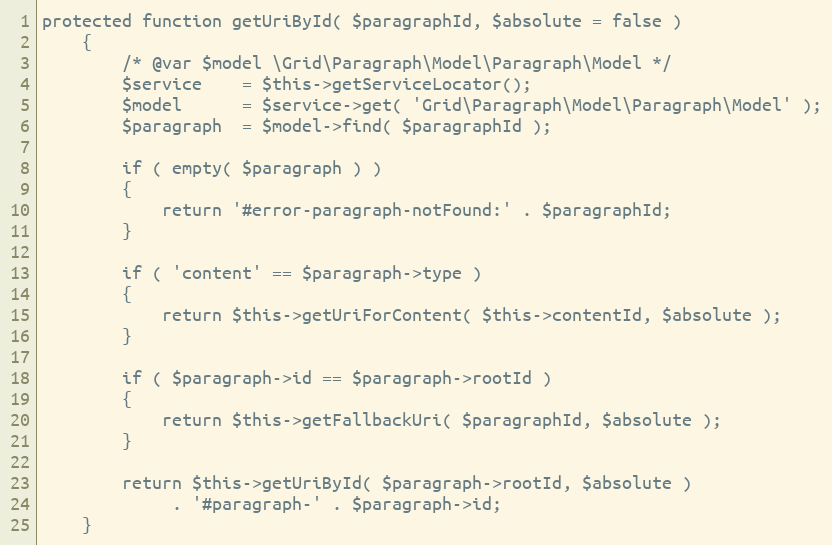
Language: PHP
protected function getUriById( $paragraphId, $absolute = false )
    {
        /* @var $model \Grid\Paragraph\Model\Paragraph\Model */
        $service    = $this->getServiceLocator();
        $model      = $service->get( 'Grid\Paragraph\Model\Paragraph\Model' );
        $paragraph  = $model->find( $paragraphId );

        if ( empty( $paragraph ) )
        {
            return '#error-paragraph-notFound:' . $paragraphId;
        }

        if ( 'content' == $paragraph->type )
        {
            return $this->getUriForContent( $this->contentId, $absolute );
        }

        if ( $paragraph->id == $paragraph->rootId )
        {
            return $this->getFallbackUri( $paragraphId, $absolute );
        }

        return $this->getUriById( $paragraph->rootId, $absolute )
             . '#paragraph-' . $paragraph->id;
    }